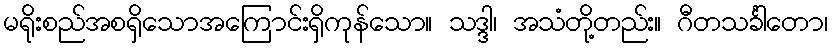
မရိုးစည်အစရှိသောအကြောင်းရှိကုန်သော။ သဒ္ဒါ၊ အသံတို့တည်း။ ဂီတသင်္ခါတော၊